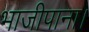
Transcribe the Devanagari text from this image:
भाजीपाना।